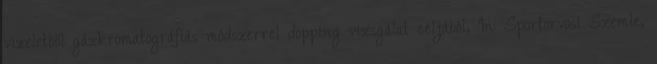
vizeletből gázkromatográfiás módszerrel dopping vizsgálat céljából, In: Sportorvosi Szemle,